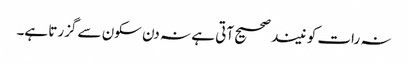
نہ رات کو نیند صحیح آتی ہے نہ دن سکون سے گزرتا ہے۔